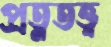
প্রত্নতত্ত্ব